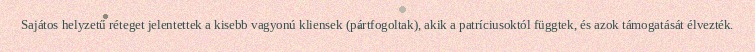
Sajátos helyzetű réteget jelentettek a kisebb vagyonú kliensek (pártfogoltak), akik a patríciusoktól függtek, és azok támogatását élvezték.